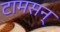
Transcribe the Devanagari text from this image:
टामसन्